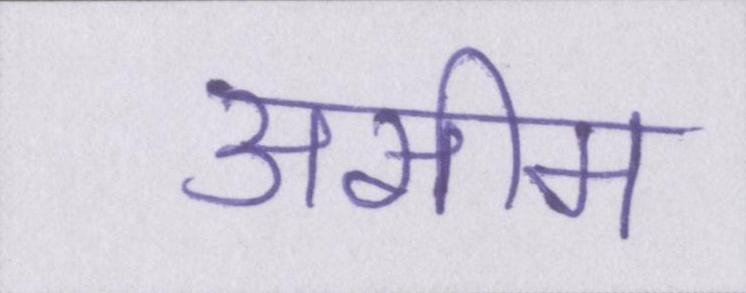
असीम